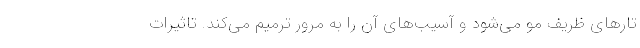
تارهای ظریف مو می­شود و آسیب­های آن را به مرور ترمیم می­کند. تاثیرات